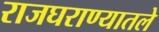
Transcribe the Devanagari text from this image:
राजघराण्यातले